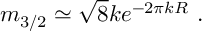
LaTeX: m _ { 3 / 2 } \simeq \sqrt { 8 } k e ^ { - 2 \pi k R } ~ .